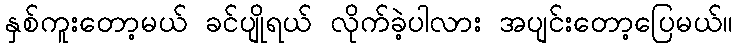
နှစ်ကူးတော့မယ် ခင်ပျိုရယ် လိုက်ခဲ့ပါလား အပျင်းတော့ပြေမယ်။